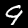
Digit: 9